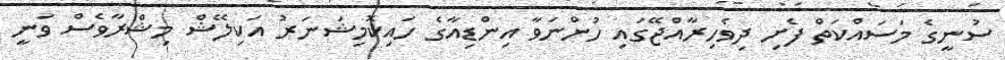
ސުނީގެ މަސައްކަތް ފެށި ދިވެހިރާއްޖޭގައި ހުންނަވާ އިންޑިއާގެ ހަައިކޮމިޝަނަރު އަކިލޭޝް މިޝްރާވެސް ވަނީ